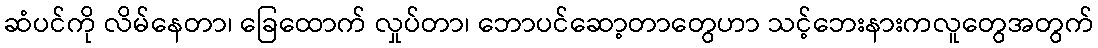
ဆံပင်ကို လိမ်နေတာ၊ ခြေထောက် လှုပ်တာ၊ ဘောပင်ဆော့တာတွေဟာ သင့်ဘေးနားကလူတွေအတွက်